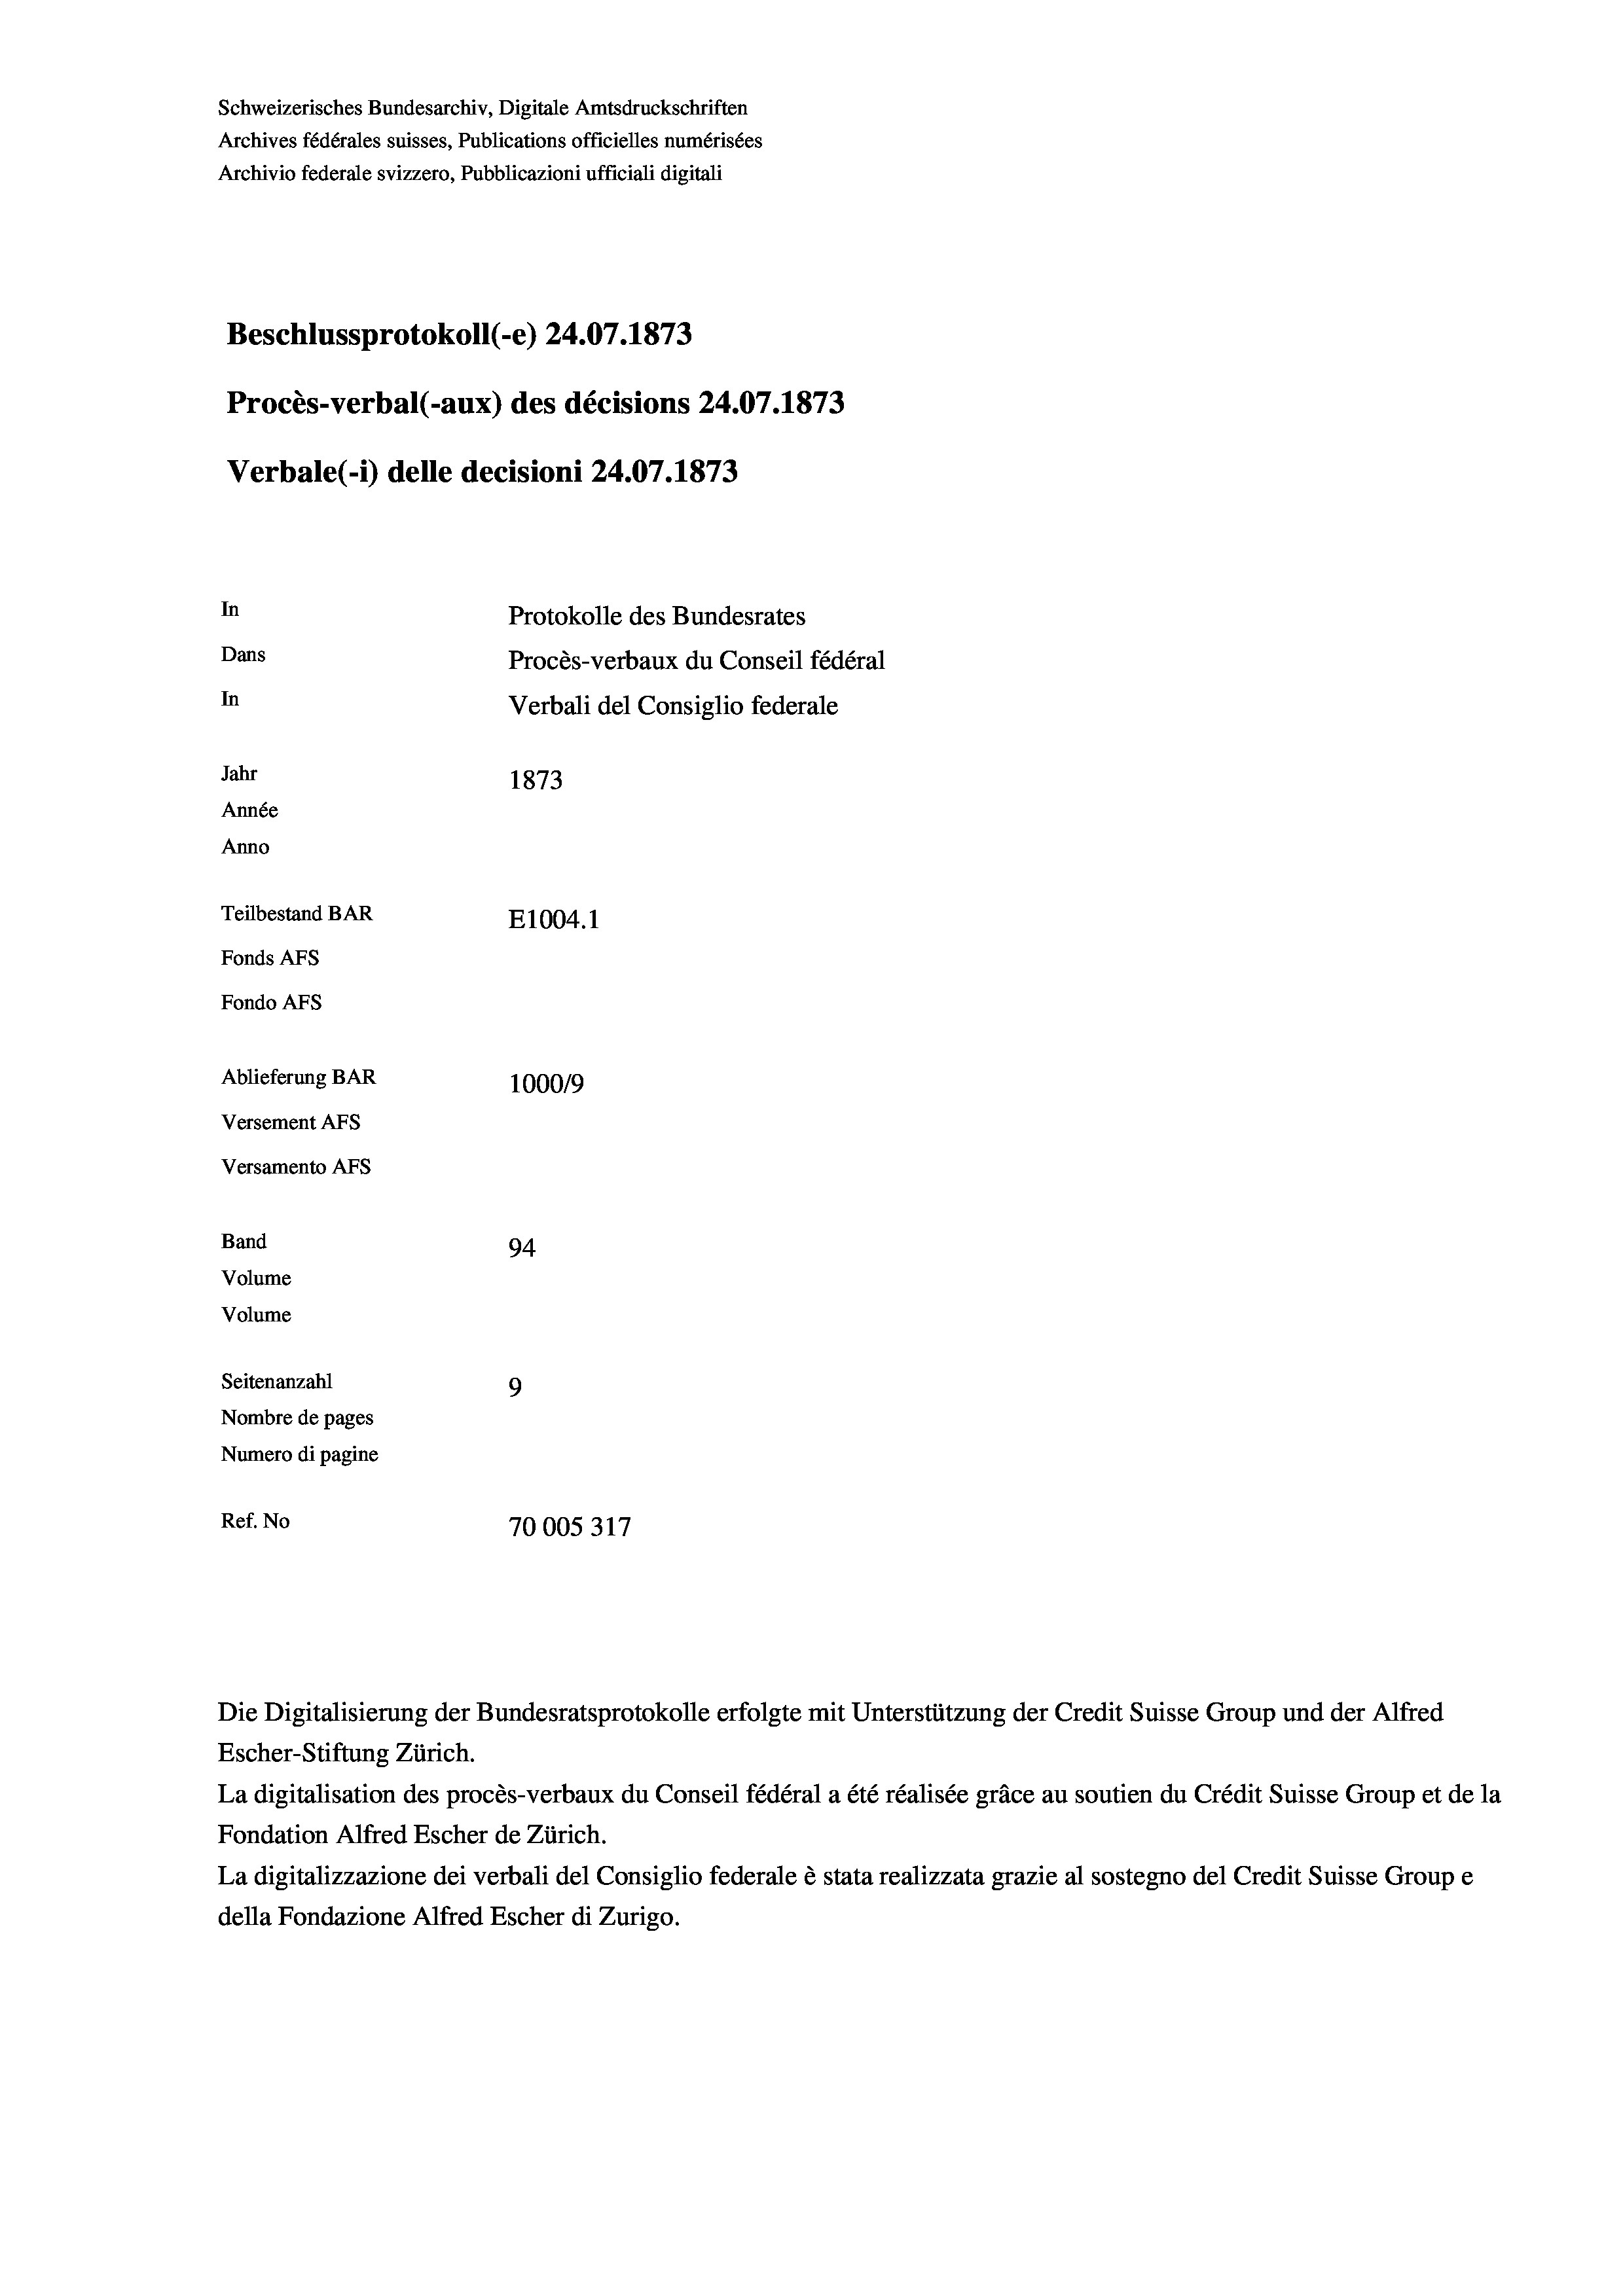
Schweizerisches Bundesarchiv, Digitale Amtsdruckschriften
Archives fédérales suisses, Publications officielles numérisées
Archivio federale svizzero, Pubblicazioni ufficiali digitali
Beschlussprotokoll (-e) 24.07. 1873
Procès-verbal (-aux) des décisions 24.07. 1873
Verbale (- 1) delle decisioni 24.07. 1873
In
Protokolle des Bundesrates
Dans
Procès-verbaux du Conseil fédéral
In
Verbali del Consiglio federale
Jahr
1873
Année
Anno
Teilbestand BAR
E1004. 1
Fonds Afs
Fondo AFs
Ablieferung BAR
100019
Versement Abs
Versamento Afs
Band
94
Volume
Volume
Seitenanzahl
9
Nombre de pages
Numero di pagine
Ref. No
70005317

Escher-Stiftung Zürich.
La digitalisation des procès-verbaux du Conseil fédéral a été réalisée gräce au soutien du Crédit Suisse Group et de la
Fondation Alfred Escher de Zürich.
La digitalizzazione dei verbali del Consiglio federale è stata realizzata grazie al sostegno del Credit Suisse Groupe
della Fondazione Alfred Escher di Zurigo.

Die Digitalisierung der Bundesratsprotokolle erfolgte mit Unterstützung der Credit Suisse Group und der Alfred